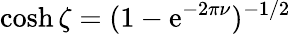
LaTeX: \cosh\zeta=(1-\mathrm{e}^{-2\pi\nu})^{-1/2}